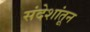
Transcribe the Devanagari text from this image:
संदेशांतून